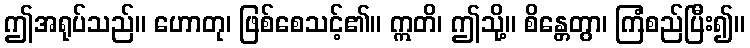
ဤအရုပ်သည်။ ဟောတု၊ ဖြစ်စေသင့်၏။ ဣတိ၊ ဤသို့။ စိန္တေတွာ၊ ကြံစည်ပြီး၍။